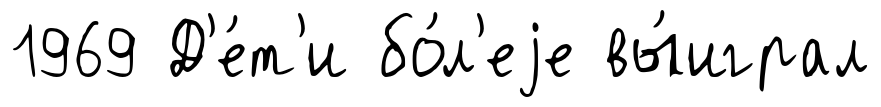
1969 Д'е́т'и бо́л'еjе вы́играл